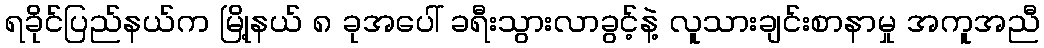
ရခိုင်ပြည်နယ်က မြို့နယ် ၈ ခုအပေါ် ခရီးသွားလာခွင့်နဲ့ လူသားချင်းစာနာမှု အကူအညီ